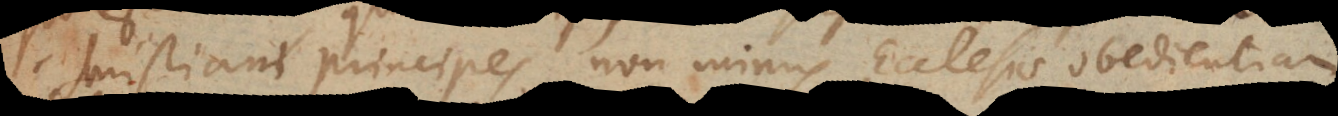
Christiani principes non minus Ecclesiae obedientiam